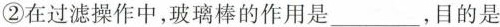
②在过滤操作中，玻璃棒的作用是___，目的是